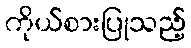
ကိုယ်စားပြုသည့်